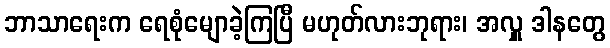
ဘာသာရေးက ရေစုံမျောခဲ့ကြပြီ မဟုတ်လားဘုရား၊ အလှူ ဒါနတွေ